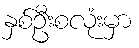
နှစ်ဦးစလုံးမှာ